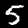
Digit: 5